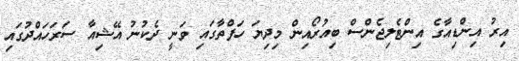
އިރު އިންޑިއާގެ އިންޓެލިޖެންސް ބިއުރޯއިން މިދިޔަ ހަފްތާގައި ވަނީ ދެކުނު އޭޝިއާ ސަރަހައްދުގައި